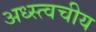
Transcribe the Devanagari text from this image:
अध्स्त्वचीय